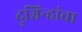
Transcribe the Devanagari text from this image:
दुश्चिन्हांचा